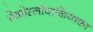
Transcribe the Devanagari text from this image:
चेकोस्लोवाकियाका